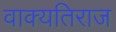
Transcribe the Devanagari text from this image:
वाक्यतिराज